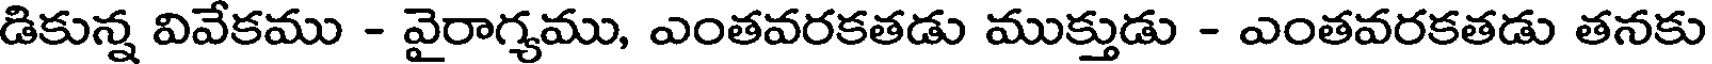
డికున్న వివేకము - వైరాగ్యము, ఎంతవరకతడు ముక్తుడు - ఎంతవరకతడు తనకు